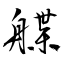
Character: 艓